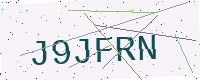
Text: J9JFRN